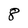
Character: 8